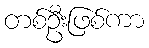
တစ်ဦးဖြစ်ကာ